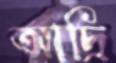
আদ্রি